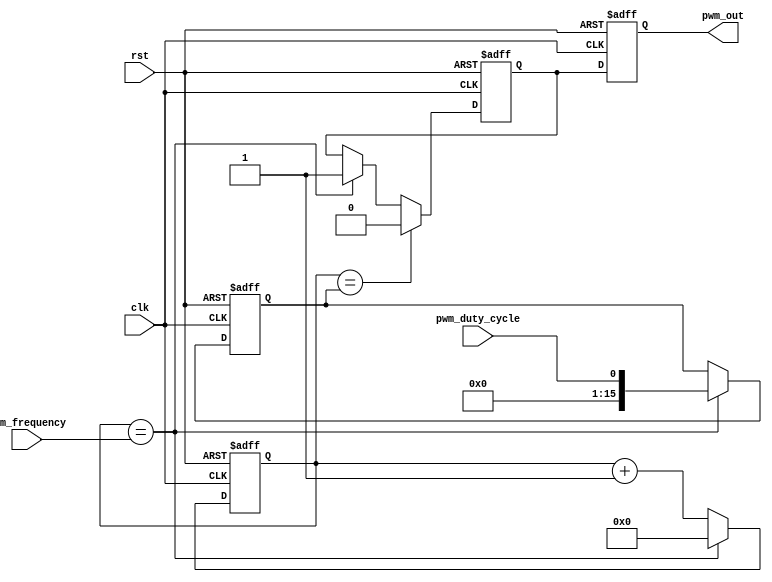
module pwm_pulse_generator (
    input wire clk,
    input wire rst,
    input wire pwm_frequency,
    input wire pwm_duty_cycle,
    output reg pwm_out
);

reg [15:0] counter;
reg [15:0] pwm_width;
reg synchronizer;

always @(posedge clk or posedge rst) begin
    if (rst == 1'b1) begin
        counter <= 16'b0;
        pwm_width <= 16'b0;
        synchronizer <= 1'b0;
        pwm_out <= 1'b0;
    end else begin
        counter <= counter + 1;
        
        if (counter == pwm_frequency) begin
            pwm_width <= pwm_duty_cycle;
            counter <= 16'b0;
            synchronizer <= 1'b1;
        end 
        
        if (counter == pwm_width) begin
            synchronizer <= 1'b0;
        end

        pwm_out <= synchronizer;
    end
end

endmodule